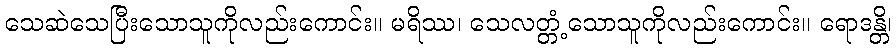
သေဆဲသေပြီးသောသူကိုလည်းကောင်း။ မရိဿ၊ သေလတ္တံ့သောသူကိုလည်းကောင်း။ ရောဒန္တိ၊